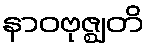
နာဝဗုဇ္ဈတိ